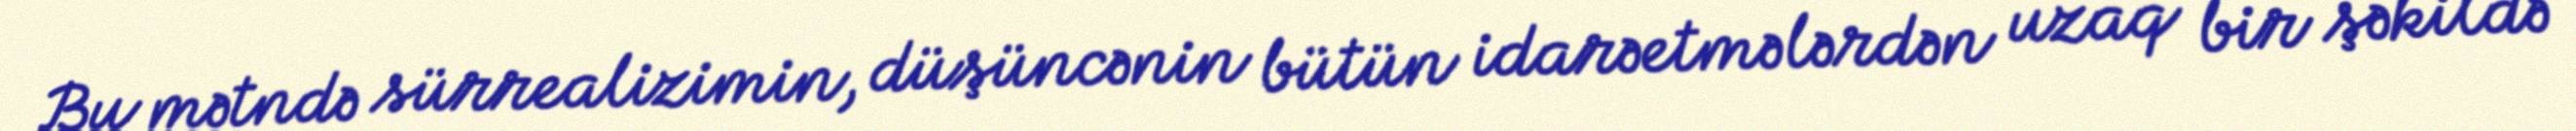
Bu mətndə sürrealizimin, düşüncənin bütün idarəetmələrdən uzaq bir şəkildə